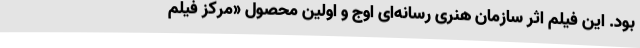
بود. این فیلم اثر سازمان هنری رسانه‌ای اوج و اولین محصول «مرکز فیلم